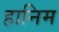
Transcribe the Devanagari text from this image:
हानिम